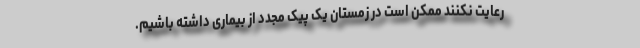
رعایت نکنند ممکن است در زمستان یک پیک مجدد از بیماری داشته باشیم.